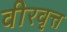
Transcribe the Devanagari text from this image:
वीरवृत्त